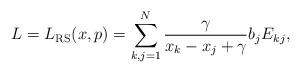
LaTeX: \begin{align*}L=L_{\rm RS}(x,p)=\sum_{k,j=1}^N \frac{\gamma}{x_k-x_j+\gamma}b_jE_{kj},\end{align*}